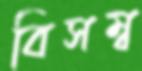
বিসম্ব